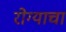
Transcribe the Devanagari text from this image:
रोग्याचा